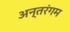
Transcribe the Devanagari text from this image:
अन्तरंगम